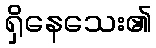
ရှိနေသေး၏